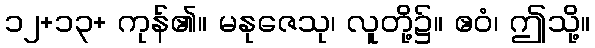
၁၂+၁၃+ ကုန်၏။ မနုဇေသု၊ လူတို့၌။ ဧဝံ၊ ဤသို့။